Annual report on the health of the army in India
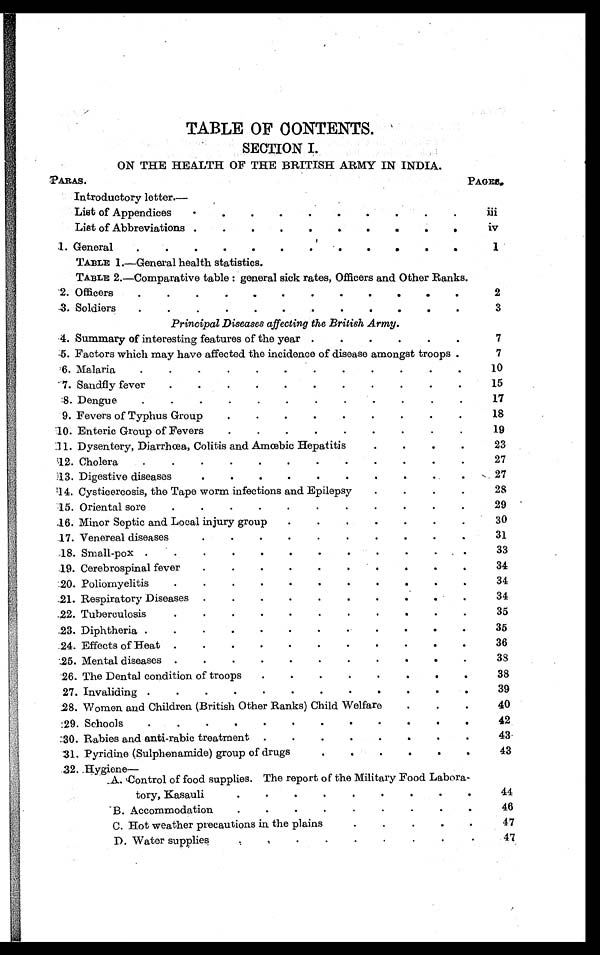
TABLE OF CONTENTS.
SECTION I.
ON THE HEALTH OF THE BRITISH ARMY IN INDIA.
PARAS.
PAGES.
Introductory letter.—
List of Appendices . . .
iii
List of Abbreviations . . .
iv
1. General . . .
1
TABLE 1.—General health statistics.
TABLE 2.—Comparative table: general sick rates, Officers and Other Ranks.
2. Officers . . .
2
3. Soldiers . . .
3
Principal Diseases affecting the British Army.
4. Summary of interesting features of the year . . .
7
5. Factors which may have affected the incidence of disease amongst troops .
7
6. Malaria
.
.
.
10
7. Sandfly fever . . .
15
8. Dengue
.
.
.
17
9. Fevers of Typhus Group . . .
18
10. Enteric Group of Fevers . . .
19
11. Dysentery, Diarrhœa, Colitis and Amœbic Hepatitis . . .
23
12. Cholera
.
.
.
27
13. Digestive diseases . . .
27
14. Cysticercosis, the Tape worm infections and Epilepsy . . .
28
15. Oriental sore . . .
29
16. Minor Septic and Local injury group . . .
30
17. Venereal diseases . . .
3 1
18. Small-pox
.
.
.
33
19. Cerebrospinal fever . . .
34
20. Poliomyelitis . . .
34
21. Respiratory Diseases . . .
34
22. Tuberculosis . . .
35
23. Diphtheria . . .
35
24. Effects of Heat . . .
36
25. Mental diseases . . .
38
26. The Dental condition of troops . . .
38
27. Invaliding
.
.
.
39
28. Women and Children (British Other Ranks) Child Welfare . . .
40
29. Schools . . .
42
30. Rabies and anti-rabic treatment . . .
43
31. Pyridine (Sulphonamide) group of drugs . . .
4 3
32. Hygiene
—
A. Control of food supplies. The report of the Military Food Labora -
t o r y , K a s a u l i . . .
44
B. Accommodation . . .
46
C. Hot weather precautions in the plains . . .
47
D. Water supplies . . .
47